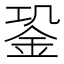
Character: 𨥲